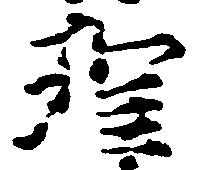
理